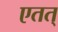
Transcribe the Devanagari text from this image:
एतत्‌